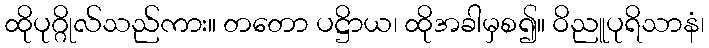
ထိုပုဂ္ဂိုလ်သည်ကား။ တတော ပဋ္ဌိာယ၊ ထိုအခါမှစ၍။ ဝိညူပုရိသာနံ၊